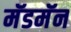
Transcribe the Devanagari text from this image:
मॅडमॅन